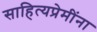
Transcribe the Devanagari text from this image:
साहित्यप्रेमींना